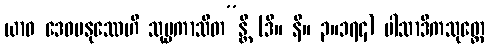
ယာဝ ဒေဝမနုဿေဟိ သုပ္ပကာသိတ”န္တိ (ဒီ။ နိ။ ၃။၁၇၄) ပါသာဒိကသုတ္တေ